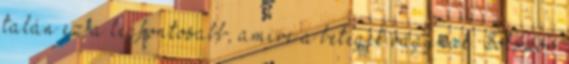
talán ez a legfontosabb, amire a betegek vágynak. Sokszor